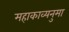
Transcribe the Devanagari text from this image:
महाकाव्यनुमा